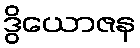
ဒွိယောဇန